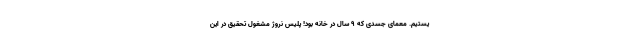
یستیم. معمای جسدی که 9 سال در خانه بود! پلیس نروژ مشغول تحقیق در این